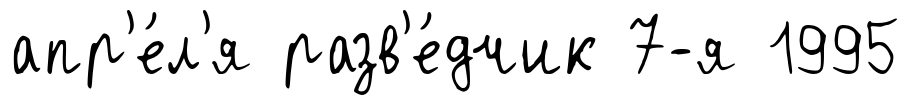
апр'е́л'я разв'е́дчик 7-я 1995